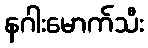
နဂါးမောက်သီး